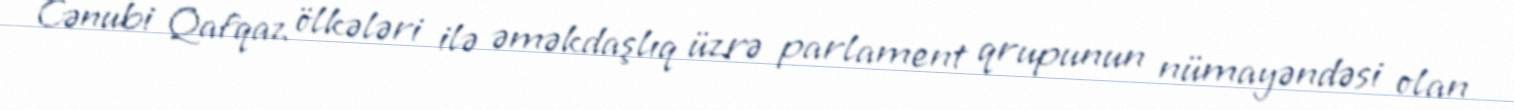
Cənubi Qafqaz ölkələri ilə əməkdaşlıq üzrə parlament qrupunun nümayəndəsi olan